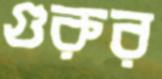
গুরুর